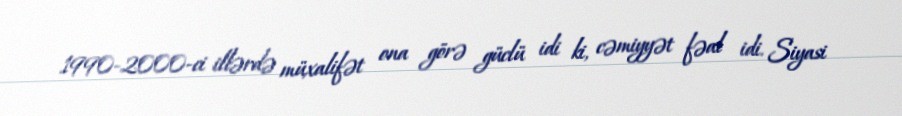
1990-2000-ci illərdə müxalifət ona görə güclü idi ki, cəmiyyət fəal idi. Siyasi